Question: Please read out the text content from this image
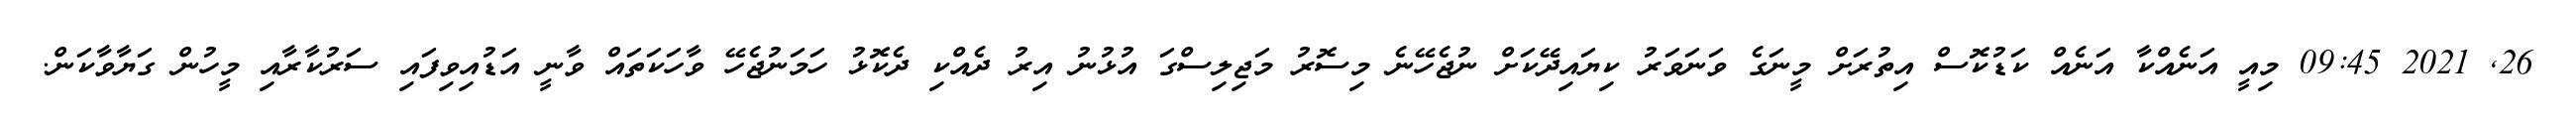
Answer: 26, 2021 09:45 މިއީ އަނެއްކާ އަނެއް ކަޑުކޮސް އިތުރަށް މީނަގެ ވަނަވަރު ކިޔައިދޭކަށް ނުޖެހޭނެ މިސޮރު މަޖިލިސްގަ އުޅުނު އިރު ދެއްކި ދެކޮޅު ހަމަނުޖެހޭ ވާހަކަތައް ވާނީ އަޑުއިވިފައި ސަރުކާރާއި މީހުން ގަޔާވާކަން.